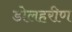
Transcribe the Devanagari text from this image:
डोलहरीण